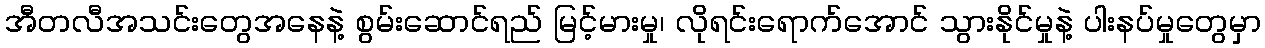
အီတလီအသင်းတွေအနေနဲ့ စွမ်းဆောင်ရည် မြင့်မားမှု၊ လိုရင်းရောက်အောင် သွားနိုင်မှုနဲ့ ပါးနပ်မှုတွေမှာ